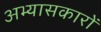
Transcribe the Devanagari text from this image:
अभ्‍यासकारों